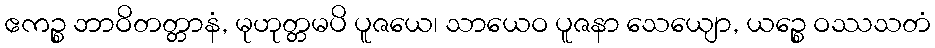
ဧကဉ္စ ဘာဝိတတ္တာနံ, မုဟုတ္တမပိ ပူဇယေ၊ သာယေဝ ပူဇနာ သေယျော, ယဉ္စေ ဝဿသတံ